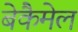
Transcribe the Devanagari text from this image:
बेकैमेल